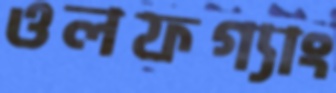
ওলফগ্যাং